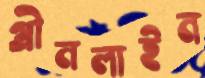
গ্রীনলাইন